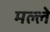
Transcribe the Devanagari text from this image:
मल्ले